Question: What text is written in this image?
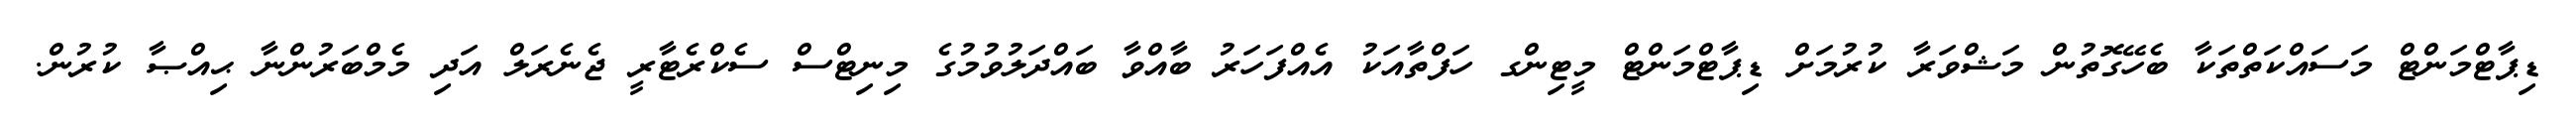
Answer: ޑިޕާޓްމަންޓް މަސައްކަތްތަކާ ބެހޭގޮތުން މަޝްވަރާ ކުރުމަށް ޑިޕާޓްމަންޓް މީޓިންގ ހަފްތާއަކު އެއްފަހަރު ބާއްވާ ބައްދަލުވުމުގެ މިނިޓްސް ސެކްރެޓާރީ ޖެނެރަލް އަދި މެމްބަރުންނާ ޙިއްޞާ ކުރުން.